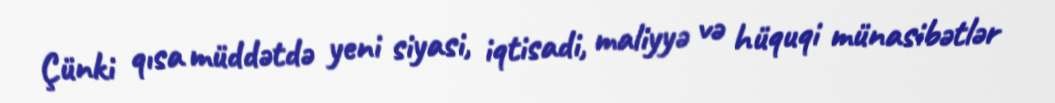
Çünki qısa müddətdə yeni siyasi, iqtisadi, maliyyə və hüquqi münasibətlər